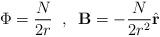
LaTeX: \begin{align*}\Phi = \frac{N}{2r} \;\; , \;\; \mathbf{B} = -\frac{N}{2r^2}\hat{\mathbf{r}}\end{align*}